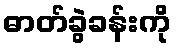
ဓာတ်ခွဲခန်းကို